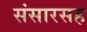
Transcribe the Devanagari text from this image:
संसारसह